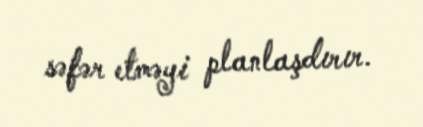
səfər etməyi planlaşdırır.